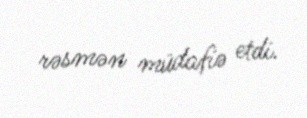
rəsmən müdafiə etdi.